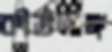
কীর্তনাঙ্গ